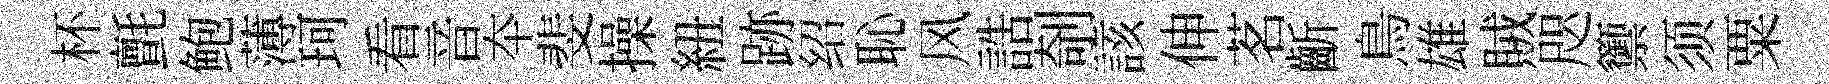
杯氈鲍薄珂看音夲斐操紐跡绍恥风誥剞該伸茗齗鳥雄賊咫籞须粟